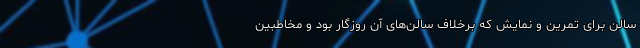
سالن برای تمرین و نمایش که برخلاف سالن‌های آن روزگار بود و مخاطبین